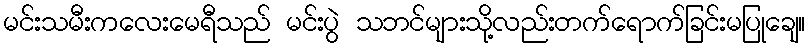
မင်းသမီးကလေးမေရီသည် မင်းပွဲ သဘင်များသို့လည်းတက်ရောက်ခြင်းမပြုချေ။